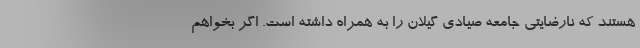
هستند که نارضایتی جامعه صیادی گیلان را به همراه داشته است. اگر بخواهم